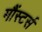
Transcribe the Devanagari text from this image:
मौंस्टर्स